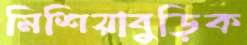
মিশিয়াবুড়িক